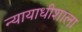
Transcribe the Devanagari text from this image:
न्यायाधीशाला